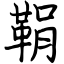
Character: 鞙